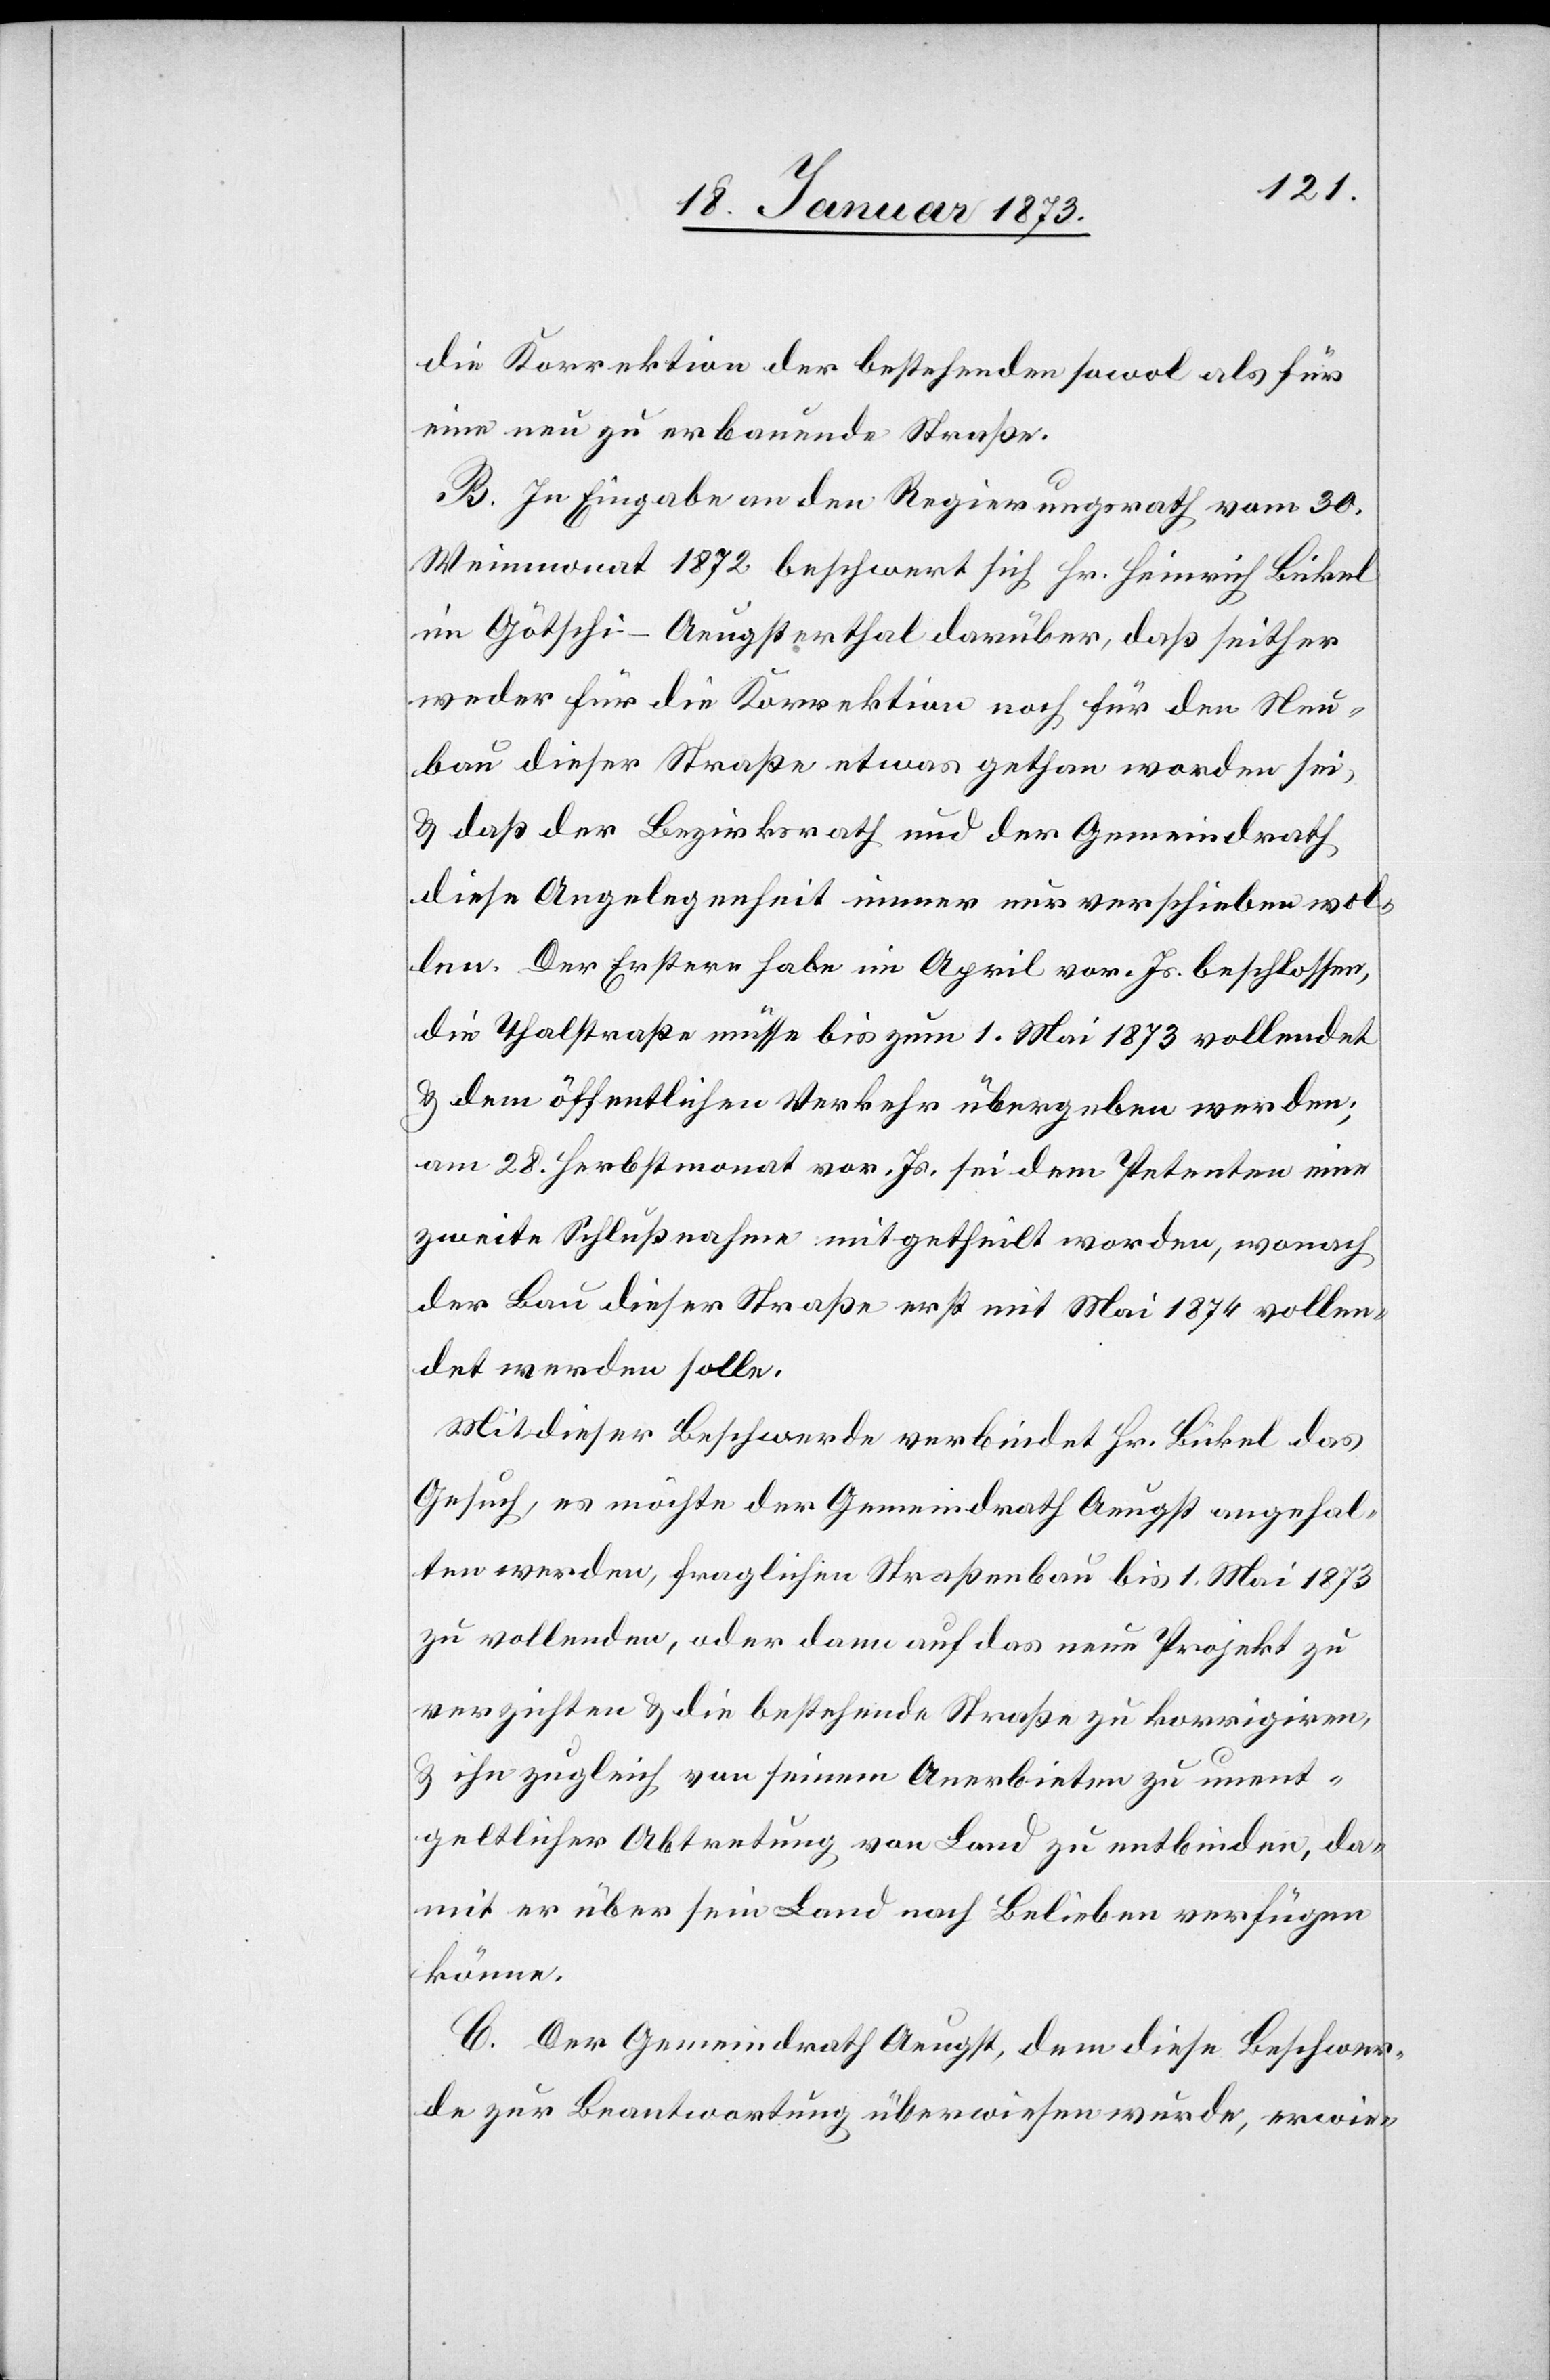
die Korrektion der bestehenden sowol als für
eine neu zu erbauende Straße.
B. In Eingabe an den Regierungsrath vom 20.
Weinmonat 1872 beschwert sich Hr. Heinrich Bickel
im Götschi-Aeugsterthal darüber, daß seither
weder für die Korrektion noch für den Neu¬
bau dieser Straße etwas gethan worden sei,
u. daß der Bezirksrath und der Gemeindrath
diese Angelegenheit immer nur verschieben wol¬
len. Der Erstere habe im April vor. Js. beschlossen,
die Thalstraße müsse bis zum 1. Mai 1873 vollendet
u. dem öffentlichen Verkehr übergeben werden;
am 28. Herbstmonat vor. Js. sei dem Petenten eine
zweite Schlußnahme mitgetheilt worden, wonach
der Bau dieser Straße erst mit Mai 1874 vollen¬
det werden solle.
Mit dieser Beschwerde verbindet Hr. Bickel das
Gesuch, es möchte der Gemeindrath Aeugst angehal¬
ten werden, fraglichen Straßenbau bis 1. Mai 1873
zu vollenden, oder dann auf das neue Projekt zu
verzichten u. die bestehende Straße zu korrigiren,
u. ihn zugleich von seinem Anerbieten zu unent¬
geltlicher Abtretung von Land zu entbinden, da¬
mit er über sein Land nach Belieben verfügen
könne.
C. Der Gemeindrath Aeugst, dem diese Beschwer¬
de zur Beantwortung überwiesen wurde, erwie-